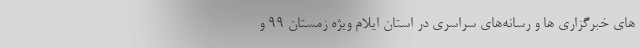
های خبرگزاری ها و رسانه‌های سراسری در استان ایلام ویژه زمستان ۹۹ و